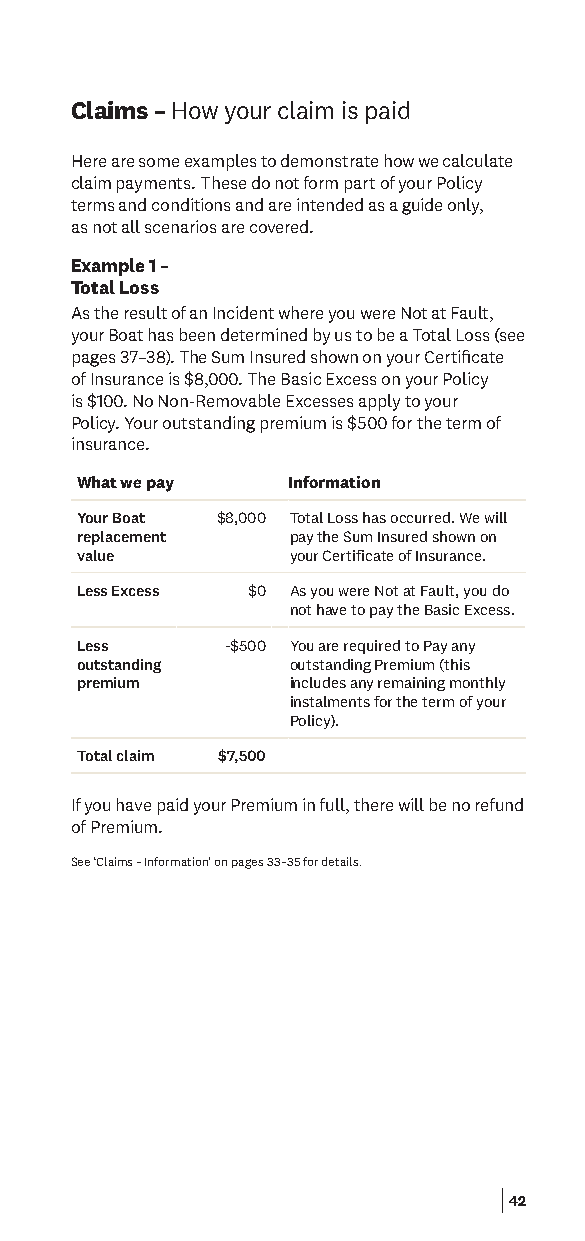
Claims – How your claim is paid
 Here are some examples to demonstrate how we calculate
 claim payments. These do not form part of your Policy
 terms and conditions and are intended as a guide only,
 as not all scenarios are covered.
 Example 1 –
 Total Loss
 As the result of an Incident where you were Not at Fault,
 your Boat has been determined by us to be a Total Loss (see
 pages 37–38). The Sum Insured shown on your Certifcate
 of Insurance is $8,000. The Basic Excess on your Policy
 is $100. No Non-Removable Excesses apply to your
 Policy. Your outstanding premium is $500 for the term of
 insurance.
 What we pay   Information
 Your Boat $8,000 Total Loss has occurred. We will
 replacement   pay the Sum Insured shown on
 value         your Certificate of Insurance.
 Less Excess $0 As you were Not at Fault, you do
 not have to pay the Basic Excess.
 Less      -$500 You are required to Pay any
 outstanding   outstanding Premium (this
 premium       includes any remaining monthly
 instalments for the term of your
 Policy).
 Total claim $7,500
 If you have paid your Premium in full, there will be no refund
 of Premium.
 See ‘Claims – Information’ on pages 33–35 for details.
 42